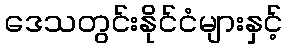
ဒေသတွင်းနိုင်ငံများနှင့်